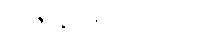
အဇာနံ၊ မသိပဲလျက်။